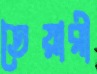
তৈয়ারী